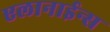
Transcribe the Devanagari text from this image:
एलानाईन्स